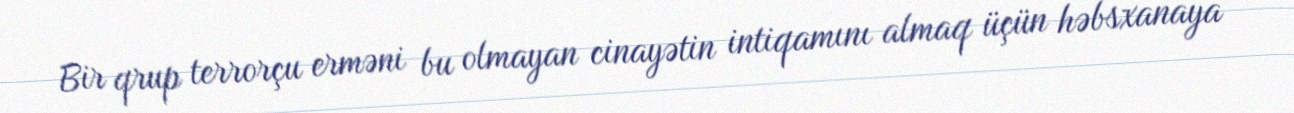
Bir qrup terrorçu erməni bu olmayan cinayətin intiqamını almaq üçün həbsxanaya